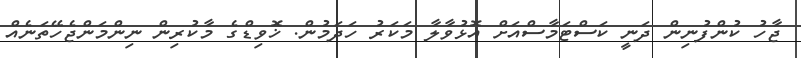
ޖާހު ކުންފުނިން ދަނީ ކަސްޓަމާސްއަށް އޮޅުވާލާ މަކަރު ހަދަމުން. ޚޮވިޑްގެ މާކުރިން ނިންމަންޖެހޭތަނެއް